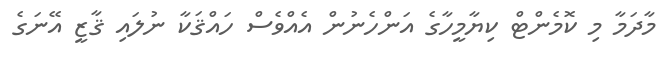
މާދަމާ މި ކޮމެންޓް ކިޔާމީހާގެ އަންހެނުން އެއްވެސް ހައްޤަކާ ނުލައި ޤާޒީ އޭނަގެ